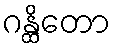
ဂန္ထိတော